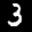
Label: 3